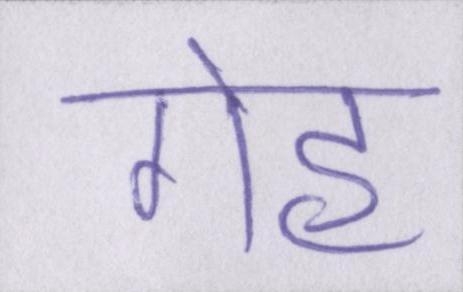
गेह